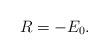
LaTeX: \begin{align*} R = - E_0.\end{align*}